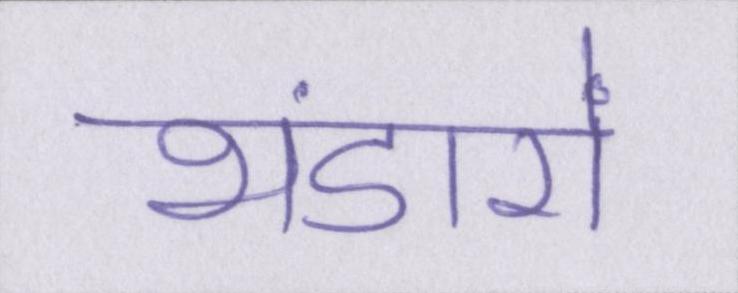
भंडारों